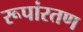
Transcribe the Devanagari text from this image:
रूपांरतण